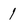
Character: 1